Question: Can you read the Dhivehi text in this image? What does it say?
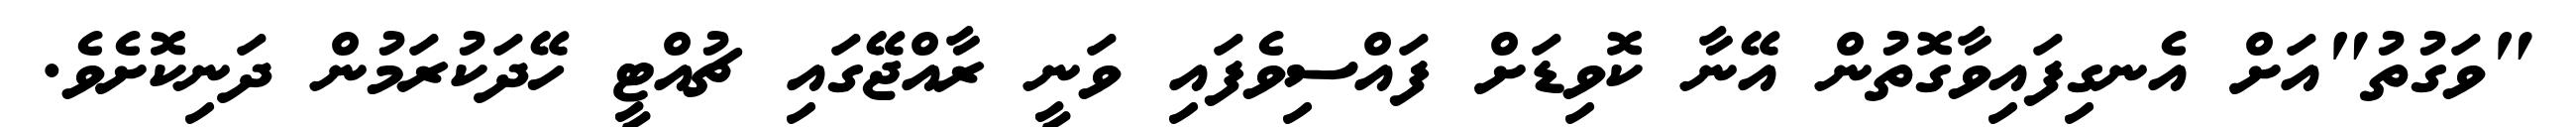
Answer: "ވަގުތު"އަށް އެނގިފައިވާގޮތުން އޭނާ ކޮވިޑަށް ފައްސިވެފައި ވަނީ ރާއްޖޭގައި ޗުއްޓީ ހޭދަކުރަމުން ދަނިކޮށެވެ.